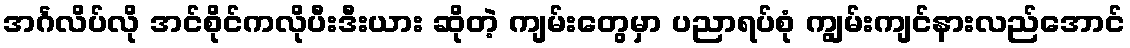
အင်္ဂလိပ်လို အင်စိုင်ကလိုပီးဒီးယား ဆိုတဲ့ ကျမ်းတွေမှာ ပညာရပ်စုံ ကျွမ်းကျင်နားလည်အောင်